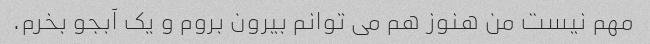
مهم نیست من هنوز هم می توانم بیرون بروم و یک آبجو بخرم.